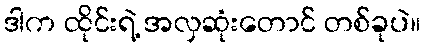
ဒါက ထိုင်းရဲ့ အလှဆုံးတောင် တစ်ခုပဲ။